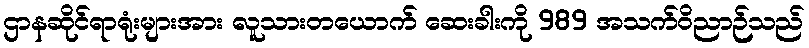
ဌာနဆိုင်ရာရုံးများအား လူသားတယောက် ဆေးခါးကို 989 အသက်ဝိညာဉ်သည်